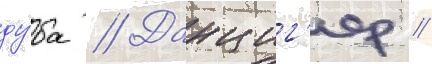
ду́ба // Данциг'ер /